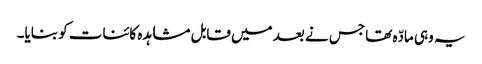
یہ وہی مادّہ تھا جس نے بعد میں قابل مشاہدہ کائنات کو بنایا۔